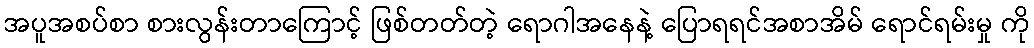
အပူအစပ်စာ စားလွန်းတာကြောင့် ဖြစ်တတ်တဲ့ ရောဂါအနေနဲ့ ပြောရရင်အစာအိမ် ရောင်ရမ်းမှု ကို